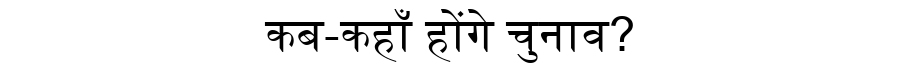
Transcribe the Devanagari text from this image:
कब-कहाँ होंगे चुनाव?